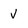
Character: V